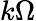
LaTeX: k\Omega